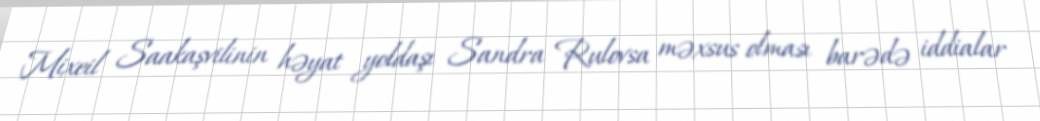
Mixeil Saakaşvilinin həyat yoldaşı Sandra Rulovsa məxsus olması barədə iddialar